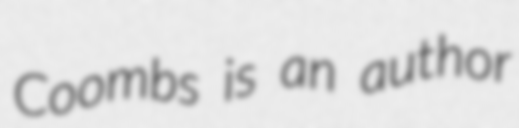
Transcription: Coombs is an author